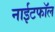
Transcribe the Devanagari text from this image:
नाईटफाॅल